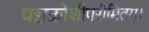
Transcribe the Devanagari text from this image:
पञ्चक्रोशीपरीमितम्।